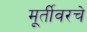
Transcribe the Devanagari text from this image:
मूर्तीवरचे